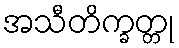
အသီတိက္ခတ္တု